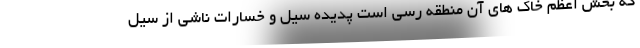
که بخش اعظم خاک های آن منطقه‌ رسی است پدیده سیل و خسارات ناشی از سیل